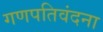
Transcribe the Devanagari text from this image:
गणपतिवंदना